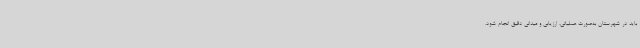
باید در شهرستان به‌صورت عملیاتی، ارزیابی و میدانی دقیق انجام شود.